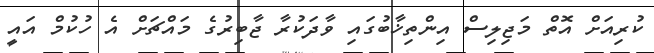
ކުރިއަށް އޮތް މަޖިލިސް އިންތިޚާބުގައި ވާދަކުރާ ޖާބިރުގެ މައްޗަށް އެ ހުކުމް އައީ